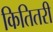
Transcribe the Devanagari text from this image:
कितितरी